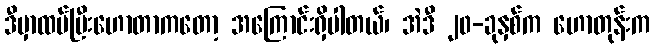
ဒီမှာထပ်ပြီးဟောတာကတော့ အကြောင်းရှိပါတယ်၊ အဲဒီ ၂၀-ခုနှစ်က ဟောတုန်းက